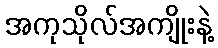
အကုသိုလ်အကျိုးနဲ့